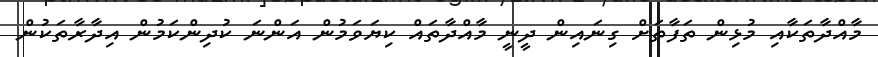
މާއްދާތަކާއި މުޅިން ތަފާތަށް ގިނައިން ދީނީ މާއްދާތައް ކިޔަވަމުން އަންނަ ކުދިންކަމުން އިދާރާތަކުން